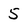
Character: 5